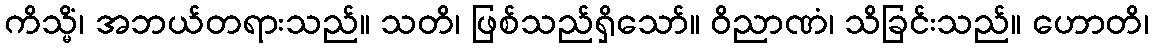
ကိသ္မိံ၊ အဘယ်တရားသည်။ သတိ၊ ဖြစ်သည်ရှိသော်။ ဝိညာဏံ၊ သိခြင်းသည်။ ဟောတိ၊